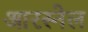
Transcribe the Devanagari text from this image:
आरस्नेल